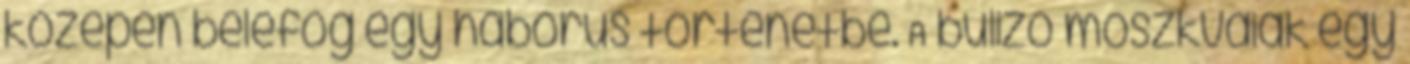
közepén belefog egy háborús történetbe. A bulizó moszkvaiak egy